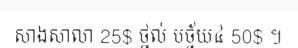
សាងសាលា 25$ ថ្នល់ បច្ច័យ៤ 50$ ។